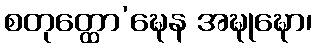
စတုတ္ထော’ဍ္ဎေန အဍ္ဎုဍ္ဎော၊